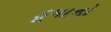
ડૂમાનો